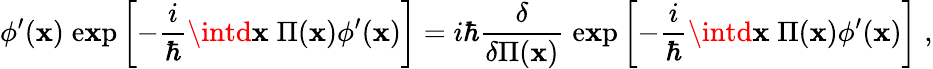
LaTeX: \phi^{\prime}(\mathbf{x})\; \mathrm{{e\mathbf{x}p}}\left[-{\frac{{i}}{{\hbar}}}\intd\mathbf{x}\; \Pi(\mathbf{x})\phi^{\prime}(\mathbf{x})\right]=i\hbar{\frac{{\delta}}{{\delta\Pi(\mathbf{x})}}}\; \mathrm{{e\mathbf{x}p}}\left[-{\frac{{i}}{{\hbar}}}\intd\mathbf{x}\; \Pi(\mathbf{x})\phi^{\prime}(\mathbf{x})\right]\; ,